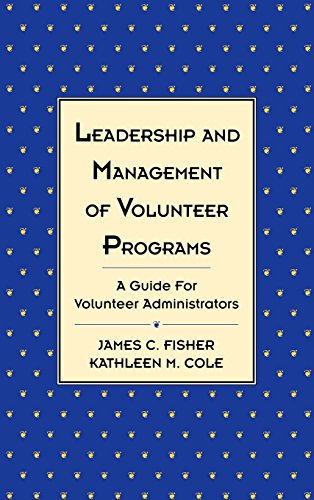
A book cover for Leadership and Management of Volunteer Programs: A Guide for Volunteer Administrators; James C. Fisher; Business & Money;